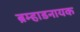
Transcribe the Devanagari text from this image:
ब्रम्हाडनायक